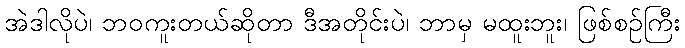
အဲဒါလိုပဲ၊ ဘဝကူးတယ်ဆိုတာ ဒီအတိုင်းပဲ၊ ဘာမှ မထူးဘူး၊ ဖြစ်စဉ်ကြီး